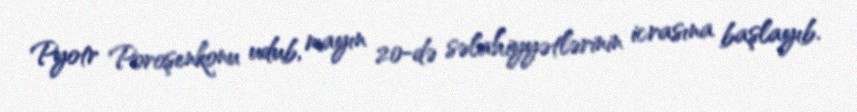
Pyotr Poroşenkonu udub, mayın 20-də səlahiyyətlərinin icrasına başlayıb.